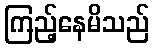
ကြည့်နေမိသည်